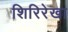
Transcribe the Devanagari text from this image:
शिरिरेखा